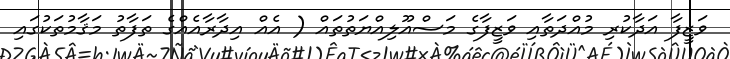
ވަޒީފާ އަދާކުރި މުއްދަތާއި ވަޒީފާގެ މަސްއޫލިއްޔަތުތައް ( އެއް އިދާރާއެއްގެ ތަފާތު މަޤާމުތަކުގައި